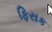
ફિરાક